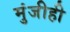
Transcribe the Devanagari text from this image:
मुंजीही